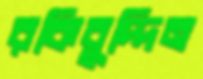
রকিবুদ্দিন